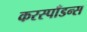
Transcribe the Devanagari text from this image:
करस्‍पाँडन्स